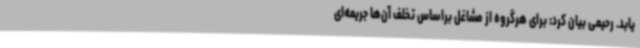
یابد. رحیمی بیان کرد: برای هرگروه از مشاغل براساس تخلف آن‌ها جریمه‌ای